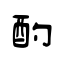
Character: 酌